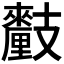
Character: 𨤺